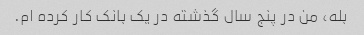
بله، من در پنج سال گذشته در یک بانک کار کرده ام.